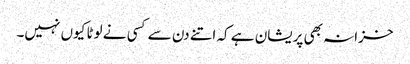
خزانہ بھی پریشان ہے کہ اتنے دن سے کسی نے لوٹا کیوں نہیں۔